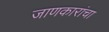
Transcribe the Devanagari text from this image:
जाणकारांचा